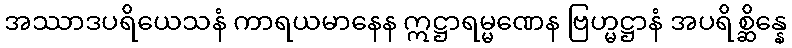
အဿာဒပရိယေသနံ ကာရယမာနေန ဣဋ္ဌာရမ္မဏေန ဗြဟ္မဋ္ဌာနံ အပရိစ္ဆိန္နေ